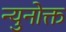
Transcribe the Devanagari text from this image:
न्युनोक्त